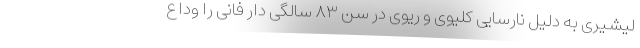
لیشیری به دلیل نارسایی کلیوی و ریوی در سن ۸۳ سالگی دار فانی را وداع